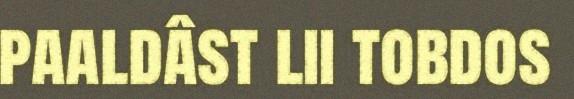
paaldâst lii tobdos